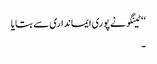
‘‘ ٹینگو نے پوری ایمانداری سے بتایا
۔